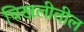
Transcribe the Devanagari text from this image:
चिखलीतील